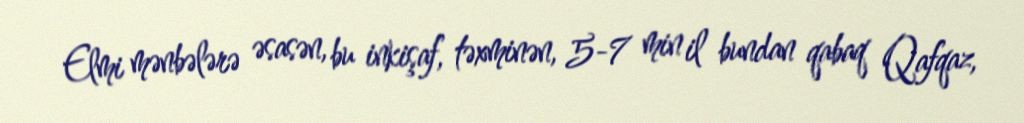
Elmi mənbələrə əsasən, bu inkişaf, təxminən, 5-7 min il bundan qabaq Qafqaz,